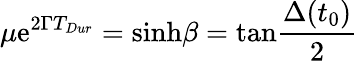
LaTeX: \mu\mathrm{e}^{2\Gamma T_{Dur}}=\mathrm{sinh}\beta=\mathrm{tan}{\frac{\Delta(t_{0})}{2}}